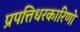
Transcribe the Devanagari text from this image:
प्रपत्तिधरकारिणो